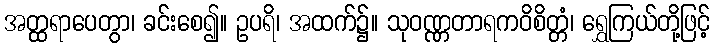
အတ္ထရာပေတွာ၊ ခင်းစေ၍။ ဥပရိ၊ အထက်၌။ သုဝဏ္ဏတာရကဝိစိတ္တံ၊ ရွှေကြယ်တို့ဖြင့်